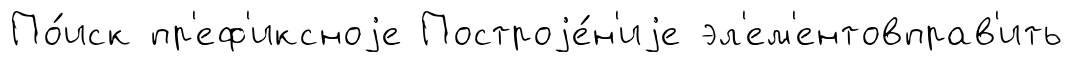
По́иск пр'еф'иксноjе Построjе́н'иjе эл'ем'ентовправ'ить